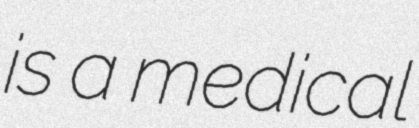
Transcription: is a medical